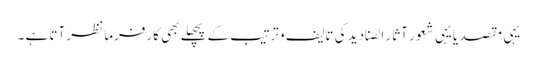
یہی مقصد یا یہی شعور آثار الصنادید کی تالیف و ترتیب کے پچھلے بھی کارفرما نظر آتا ہے ۔